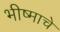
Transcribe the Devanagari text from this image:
भीष्माचे